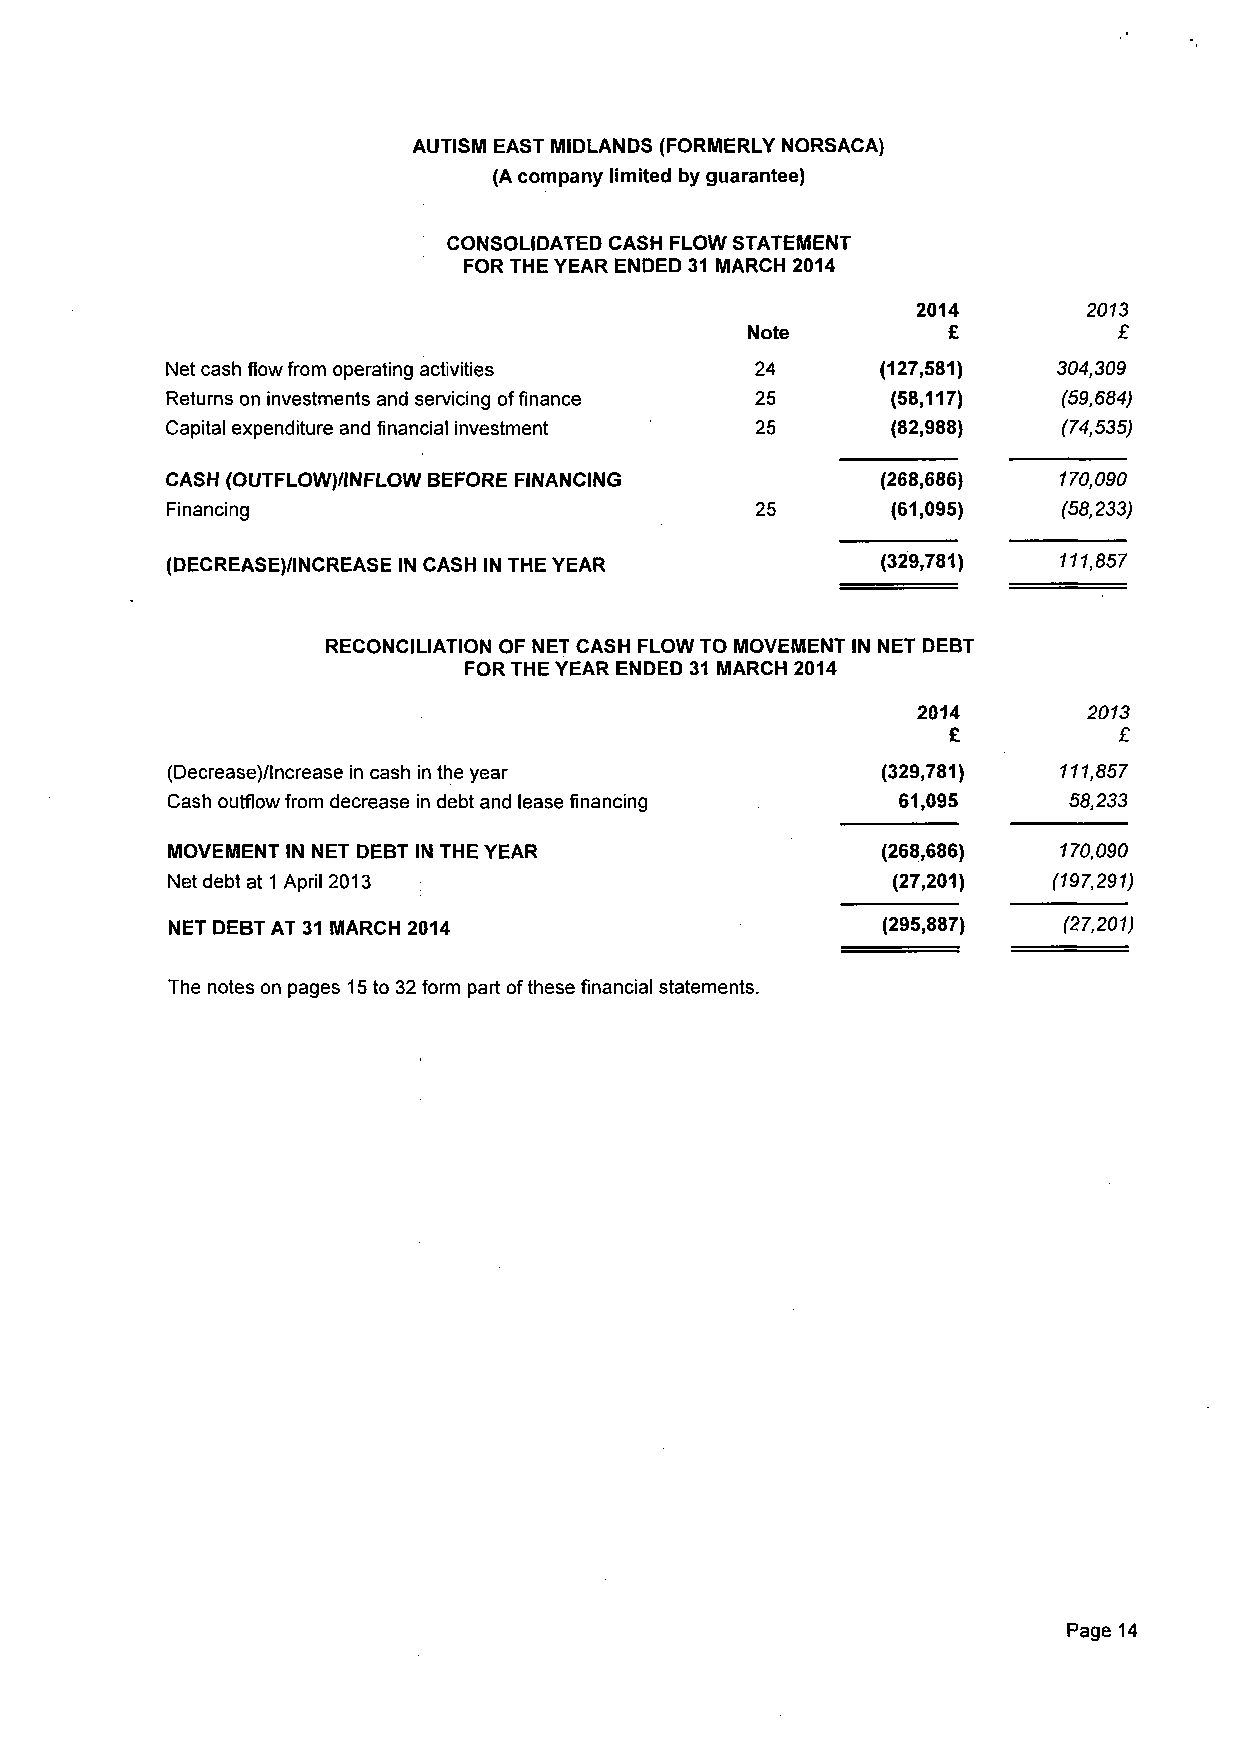
AUTISM EAST MIDLANDS (FORMERLY NORSACA)
 (A company limited by guarantee)
 CONSOLIDATED CASH FLOW STATEMENT
 FOR THE YEAR ENDED 31 MARCH 2014
 2014       2013
 Note          £          £
 Net cash flow from operating activities 24     (127,581)   304,309
 Returns on investments and servicing of finance 25 (58,117) (59,684)
 Capital expenditure and financial investment 25 (82,988)   (74,535)
 CASH (OUTFLOW)/INFLOW BEFORE FINANCING         (268,686)   170,090
 Financing                              25       (61,095)   (58,233)
 (DECREASE)/INCREASE IN CASH IN THE YEAR        (329,781)   111,857
 RECONCILIATION OF NET CASH FLOW TO MOVEMENT IN NET DEBT
 FOR THE YEAR ENDED 31 MARCH 2014
 2014       2013
 £          £
 (Decrease)/lncrease in cash in the year        (329,781)   111,857
 Cash outflow from decrease in debt and lease financing 61,095 58,233
 MOVEMENT IN NET DEBT IN THE YEAR               (268,686)   170,090
 Net debt at 1 April 2013                        (27,201)   (197,291)
 NET DEBT AT 31 MARCH 2014                      (295,887)   (27,201)
 The notes on pages 15 to 32 form part of these financial statements.
 Page 14